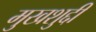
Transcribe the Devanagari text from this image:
मुखशुद्दी